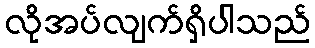
လိုအပ်လျက်ရှိပါသည်